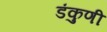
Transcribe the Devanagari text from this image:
डंकुणी